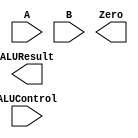
`timescale 1ns / 1ps

////////////////////////////////////////////////////////////////////////////////
// ECE369 - Computer Architecture
// 
// Module - ALU32Bit.v
// Description - 32-Bit wide arithmetic logic unit (ALU).
//
// INPUTS:-
// ALUControl: N-Bit input control bits to select an ALU operation.
// A: 32-Bit input port A.
// B: 32-Bit input port B.
//
// OUTPUTS:-
// ALUResult: 32-Bit ALU result output.
// ZERO: 1-Bit output flag. 
//
// FUNCTIONALITY:-
// Design a 32-Bit ALU, so that it supports all arithmetic operations 
// needed by the MIPS instructions given in Labs5-8.docx document. 
//   The 'ALUResult' will output the corresponding result of the operation 
//   based on the 32-Bit inputs, 'A', and 'B'. 
//   The 'Zero' flag is high when 'ALUResult' is '0'. 
//   The 'ALUControl' signal should determine the function of the ALU 
//   You need to determine the bitwidth of the ALUControl signal based on the number of 
//   operations needed to support. 
////////////////////////////////////////////////////////////////////////////////

module ALU32Bit(ALUControl, A, B, ALUResult, Zero);

	input [3:0] ALUControl; // control bits for ALU operation
                                // you need to adjust the bitwidth as needed
	input [31:0] A, B;	    // inputs

	output [31:0] ALUResult;	// answer
	output Zero;	    // Zero=1 if ALUResult == 0

    /* Please fill in the implementation here... */

endmodule